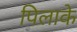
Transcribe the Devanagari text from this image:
पिलाके